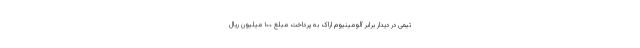
تیمی در دیدار برابر آلومینیوم اراک به پرداخت مبلغ ۱۰۰ میلیون ریال